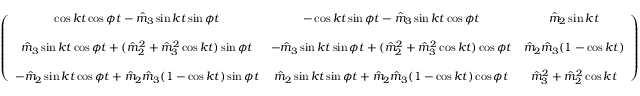
\begin{array} { r } { \left( \begin{array} { c c c } { \cos k t \cos \phi t - \hat { m } _ { 3 } \sin k t \sin \phi t } & { - \cos k t \sin \phi t - \hat { m } _ { 3 } \sin k t \cos \phi t } & { \hat { m } _ { 2 } \sin k t } \\ { } & { } & { } \\ { \hat { m } _ { 3 } \sin k t \cos \phi t + ( \hat { m } _ { 2 } ^ { 2 } + \hat { m } _ { 3 } ^ { 2 } \cos k t ) \sin \phi t } & { - \hat { m } _ { 3 } \sin k t \sin \phi t + ( \hat { m } _ { 2 } ^ { 2 } + \hat { m } _ { 3 } ^ { 2 } \cos k t ) \cos \phi t } & { \hat { m } _ { 2 } \hat { m } _ { 3 } ( 1 - \cos k t ) } \\ { } & { } & { } \\ { - \hat { m } _ { 2 } \sin k t \cos \phi t + \hat { m } _ { 2 } \hat { m } _ { 3 } ( 1 - \cos k t ) \sin \phi t } & { \hat { m } _ { 2 } \sin k t \sin \phi t + \hat { m } _ { 2 } \hat { m } _ { 3 } ( 1 - \cos k t ) \cos \phi t } & { \hat { m } _ { 3 } ^ { 2 } + \hat { m } _ { 2 } ^ { 2 } \cos k t } \end{array} \right) } \end{array}